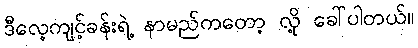
ဒီလေ့ကျင့်ခန်းရဲ့ နာမည်ကတော့ လို့ ခေါ်ပါတယ်။